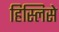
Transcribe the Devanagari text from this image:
हिस्लिसे